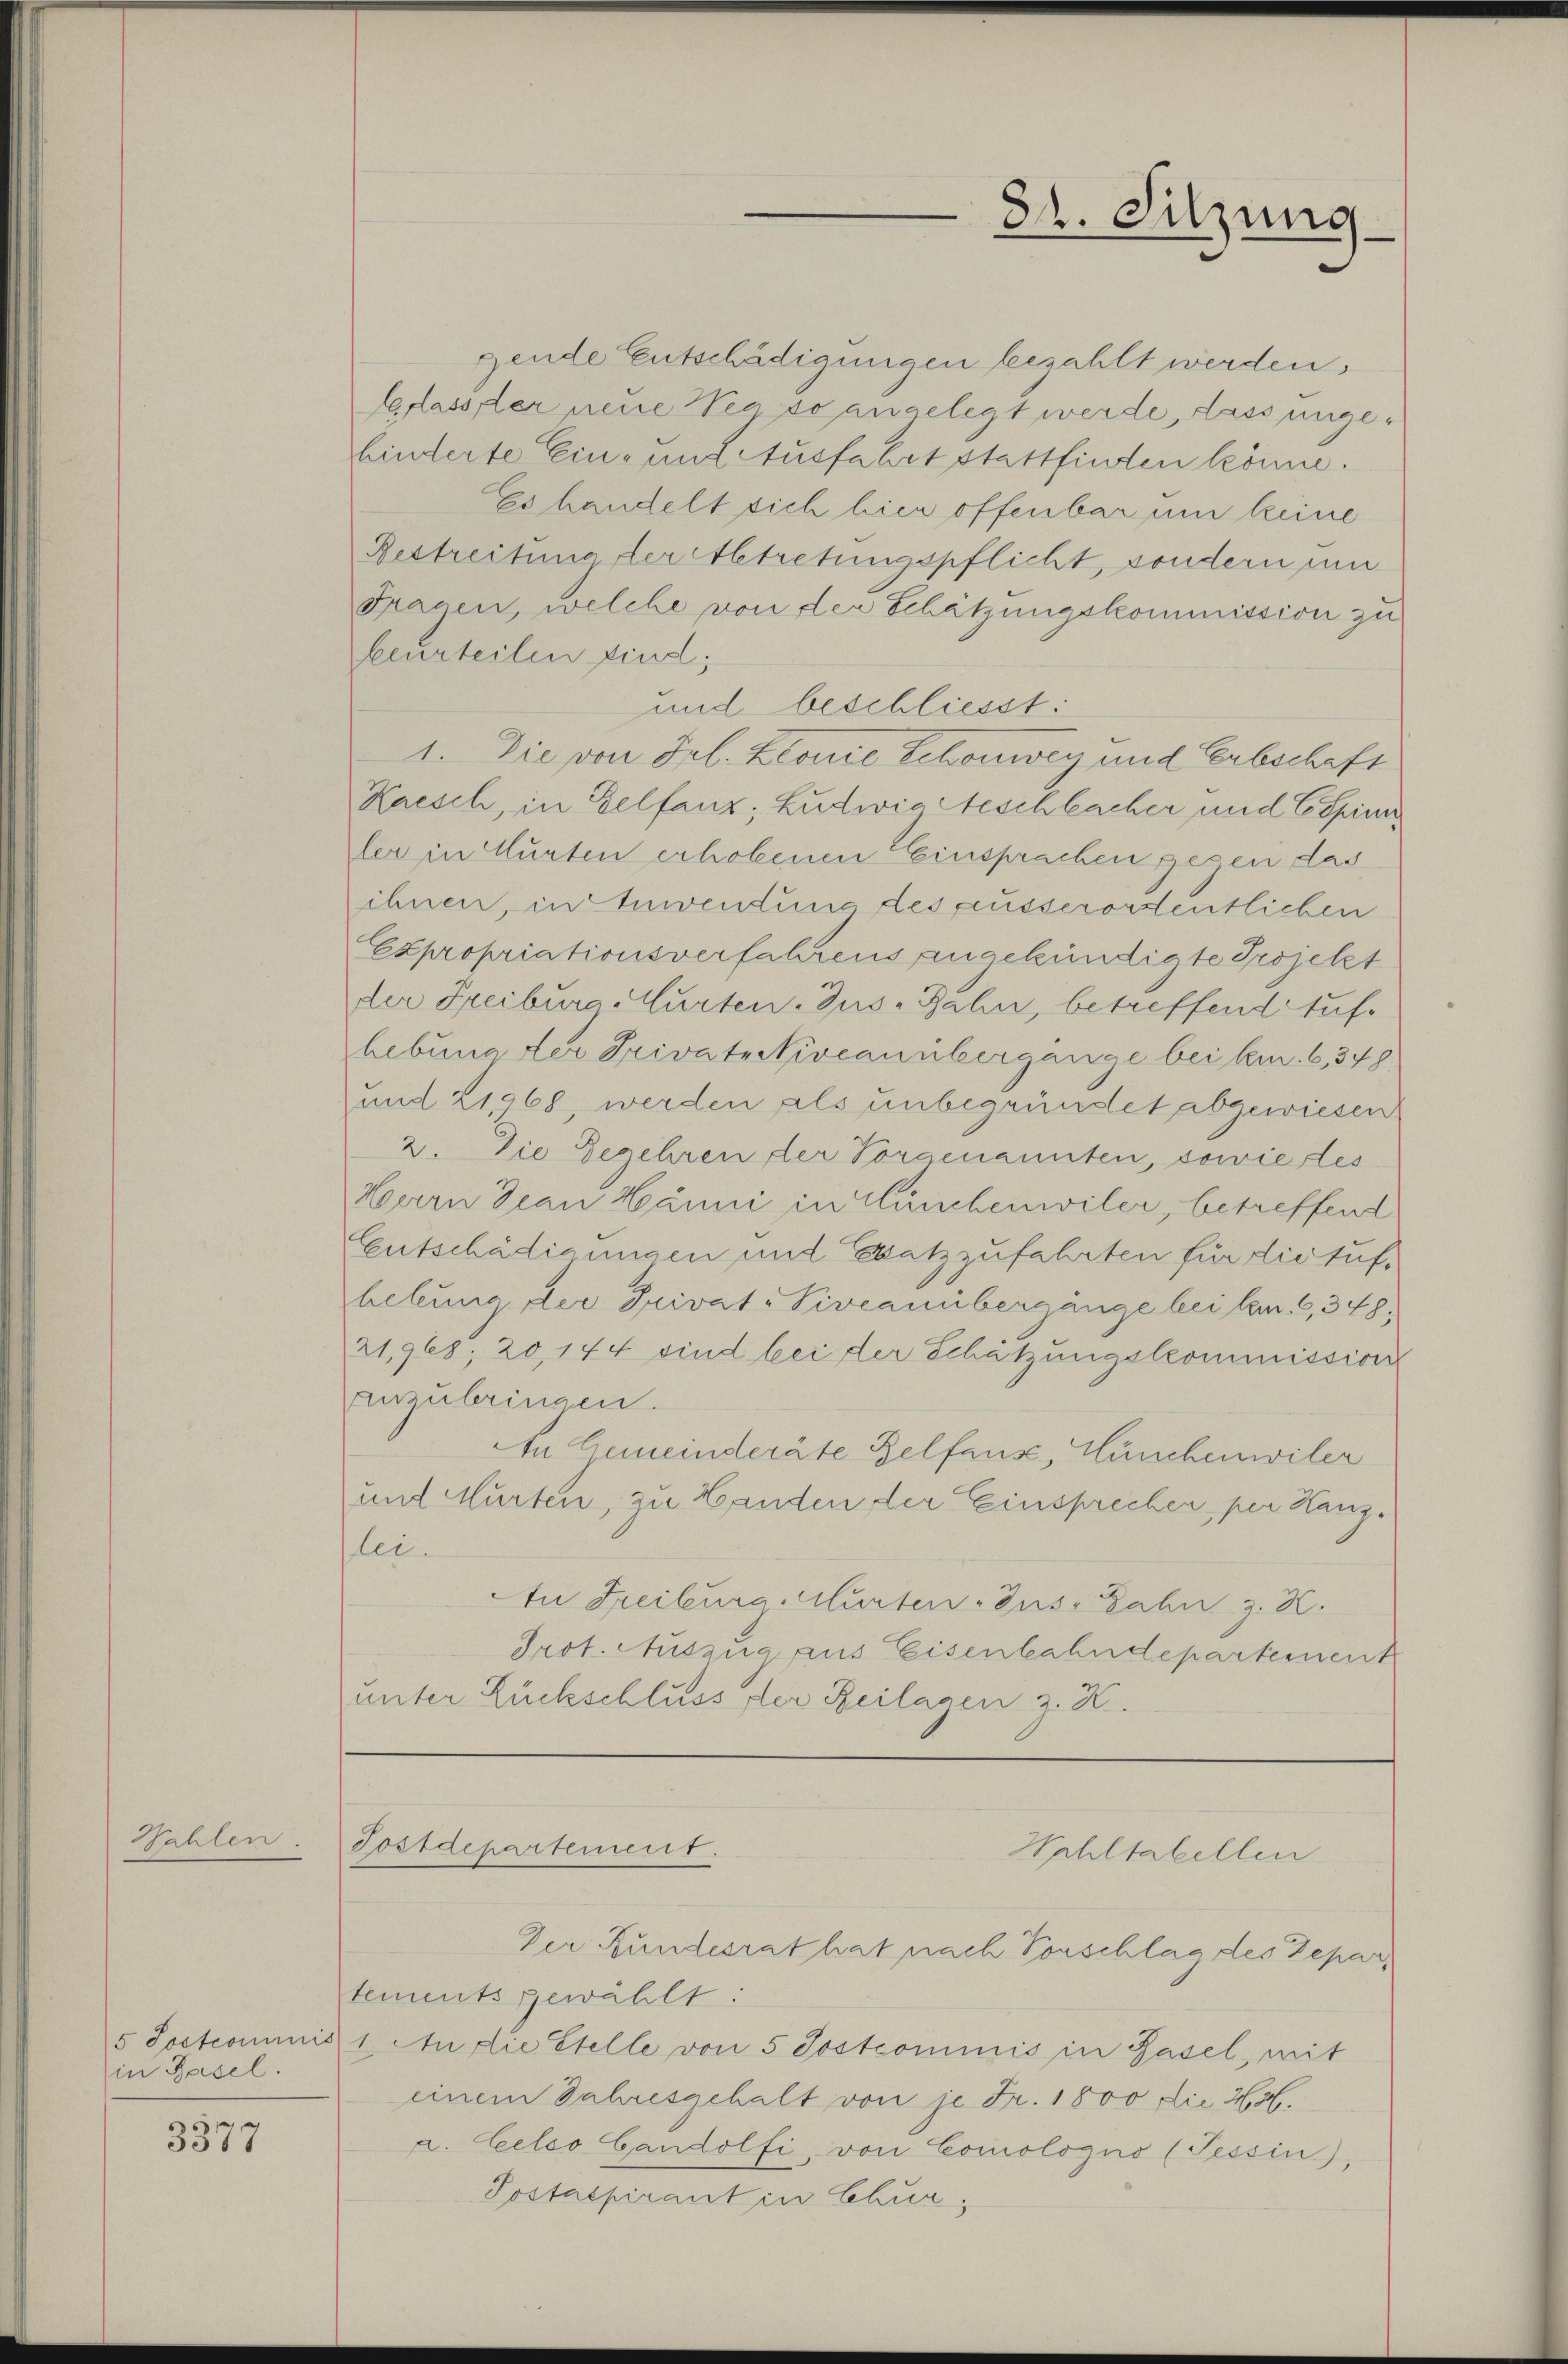
Hahlen.

5 Sostcommis
in Basel.

3377

Fostdepartement.

gende Entschädigungen bezahlt werden.
Gerlasser neue See so angelegt werde, dass ungehinderte Ein- und Ausfahrt stattfinden könne.
Es handelt sich hier offenbar um keine
Bestreitung der Abtretungspflicht, sondern um
Fragen, welche von der Schätzungskommission zu
beurteilen sind;
und beschliesst:
1. Die von Frl. Klare Schonweg und Erbschaft
Kaesch, in Selfanz; Ludwig Aeschlacher und Espinn
ler in Murten erhobenen Einsprachen gegen das
ihnen, in Anwendung des ausserordentlichen
Expropriationsverfahrens angekündigte Projekt
der Freiburg Murten-Zus-Jahn, betreffend Aufhebung der Private Niveau übergange bei bem. 6, 348
und 21968, werden als unbegründet abgewiesen
2. Die Begehren der Vorgenannten, sowie des
Herrn Drau Hänni in Münchenwiler, betreffend
Entschädigungen und Spatzzufahrten für die suf
hebung der Privat-Piveanübergänge bei kam. 6, 348,
21,968, 20,144 sind bei der Schätzungskommission
auzubringen.
In Gemeinderäte Belfause, Hünchenwiler
mit Murten, zu Handen der Einsprecher, per Hanzlei.
An Freiburg Murten - Guse Zahn z. B.
Prot. Auszug aus Eisenbahndepartement
unter Rückschluss der Beilagen z. K.

84. Sitzung

Wohltabellen

Der Kundesrat hat nach Vorschlag des Departements gewählt:
1 Studie Stelle von 5 Postcommis in Basel, mit
einem Jahresgehalt von je Fr. 1800 die H.H.
a. Celeo Candolfi, von Comologno (Tessin),
Postaspirant in Chur,